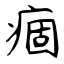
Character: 痼